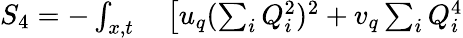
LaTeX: \begin{array}{rl}{S_{4}=-\int_{x,t}}&{{}\left[u_{q}(\sum_{i}Q_{i}^{2})^{2}+v_{q}\sum_{i}Q_{i}^{4}\right.}\end{array}